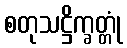
စတုသဋ္ဌိက္ခတ္တုံ